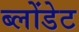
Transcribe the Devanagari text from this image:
ब्लोंडेट